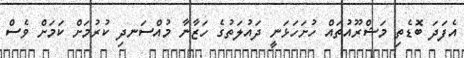
އެފަދަ ބޮޑެތި މަޝްރޫއުތައް ހުށަހަޅަނީ ދައުލަތުގެ ހަޒާނާ މުއްސަނދި ކުރުމަށް ކަމަށް ވެސް